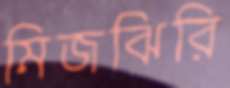
মিজঝিরি